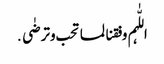
اللّٰہم وفقنا لما تحب وترضٰی․